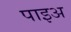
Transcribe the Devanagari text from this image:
पाइअ